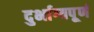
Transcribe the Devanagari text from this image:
दुर्भाग्यपू्‌र्ण